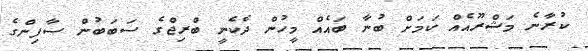
ކުރާނެ މަޝްރޫއެއް ކަމަށް ބުނާ ބައެއް މީހުން ދެެކެނީ ބްރިޖްގެ ސަބަބުން ސާފިންގެ